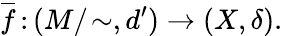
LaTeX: {\overline{{f}}}\, \colon(M/\! \sim,d^{\prime})\to(X,\delta).